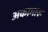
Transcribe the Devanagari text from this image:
अकामारू